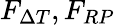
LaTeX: F_{\Delta T},F_{RP}